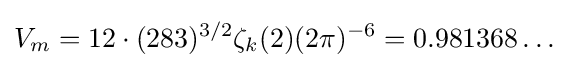
V_{m}=12\cdot (283)^{3/2}\zeta _{k}(2)(2\pi )^{-6}=0.981368\dots